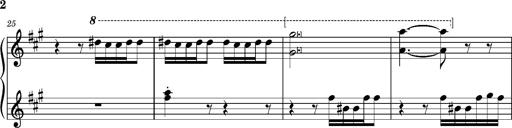
Title: La mandragore
Composer: Franz Liszt